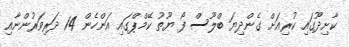
ކާށިދޫގައި ކުރިއަށް ގެންދިޔަ ބްލޫސް ފޯ ޔޫތު ކޭމްޕްގައި އަންހެން 14 ދަރިވަރުންނާއި